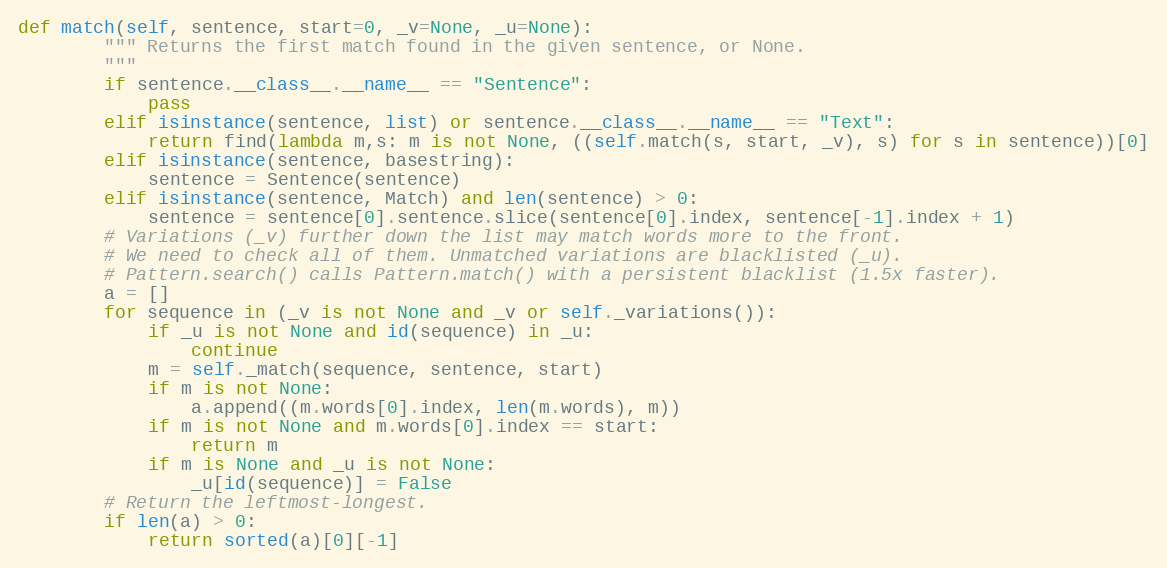
Language: Python
def match(self, sentence, start=0, _v=None, _u=None):
        """ Returns the first match found in the given sentence, or None.
        """
        if sentence.__class__.__name__ == "Sentence":
            pass
        elif isinstance(sentence, list) or sentence.__class__.__name__ == "Text":
            return find(lambda m,s: m is not None, ((self.match(s, start, _v), s) for s in sentence))[0]
        elif isinstance(sentence, basestring):
            sentence = Sentence(sentence)
        elif isinstance(sentence, Match) and len(sentence) > 0:
            sentence = sentence[0].sentence.slice(sentence[0].index, sentence[-1].index + 1)
        # Variations (_v) further down the list may match words more to the front.
        # We need to check all of them. Unmatched variations are blacklisted (_u).
        # Pattern.search() calls Pattern.match() with a persistent blacklist (1.5x faster).
        a = []
        for sequence in (_v is not None and _v or self._variations()):
            if _u is not None and id(sequence) in _u:
                continue
            m = self._match(sequence, sentence, start)
            if m is not None:
                a.append((m.words[0].index, len(m.words), m))
            if m is not None and m.words[0].index == start:
                return m
            if m is None and _u is not None:
                _u[id(sequence)] = False
        # Return the leftmost-longest.
        if len(a) > 0:
            return sorted(a)[0][-1]